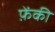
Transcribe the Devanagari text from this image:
फ़ेंकी